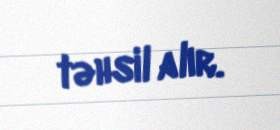
təhsil alır.